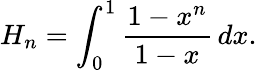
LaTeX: H_{n}=\int_{0}^{1}{\frac{1-x^{n}}{1-x}}\, dx.